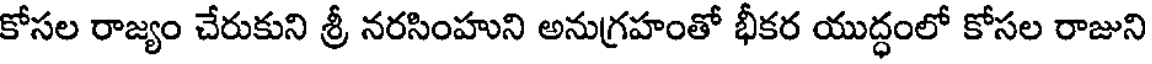
కోసల రాజ్యం చేరుకుని శ్రీ నరసింహుని అనుగ్రహంతో భీకర యుద్ధంలో కోసల రాజుని